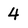
Character: 4